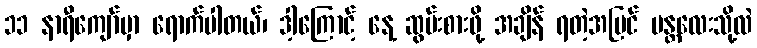
၁၁ နာရီကျော်မှာ ရောက်ပါတယ်၊ ဒါ့ကြောင့် နေ့ ဆွမ်းစားဖို့ အချိန် ရတဲ့အပြင် မန္တလေးသို့လဲ